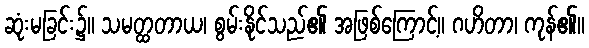
ဆုံးမခြင်း၌။ သမတ္ထတာယ၊ စွမ်းနိုင်သည်၏ အဖြစ်ကြောင့်။ ဂဟိတာ၊ ကုန်၏။